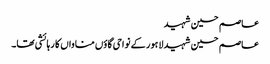
عاصم حسین شہید
عاصم حسین شہید لاہور کے نواحی گاؤں مناواں کا رہائشی تھا۔